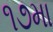
૧૭મા